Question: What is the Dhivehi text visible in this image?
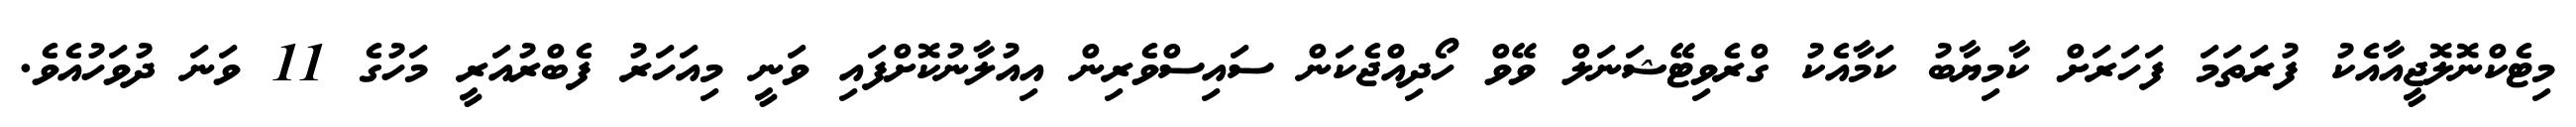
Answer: މިޓެކްނޮލޮޖީއާއެކު ފުރަތަމަ ފަހަރަށް ކާމިޔާބު ކަމާއެކު ގްރެވިޓޭޝަނަލް ވޭވް ހޯދިއްޖެކަން ސައިސްވެރިން އިއުލާނުކޮށްފައި ވަނީ މިއަހަރު ފެބްރުއަރީ މަހުގެ 11 ވަނަ ދުވަހުއެވެ.